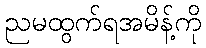
ညမထွက်ရအမိန့်ကို